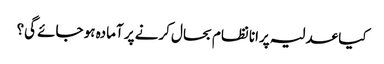
کیا عدلیہ پرانا نظام بحال کرنے پر آمادہ ہو جائے گی؟